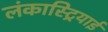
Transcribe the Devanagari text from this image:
लंकास्ट्रियाई